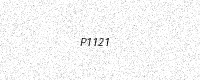
Text: P1121